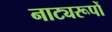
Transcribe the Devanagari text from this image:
नाट्यरूपों